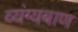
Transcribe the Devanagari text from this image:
व्यंग्यबाण